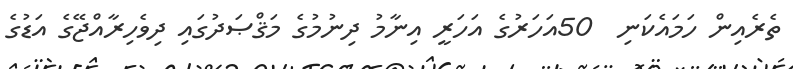
ތެރެއިން ހަމައެކަނި  50އަހަރުގެ އަހަރީ އިނާމު ދިނުމުގެ މަޤްޞަދުގައި ދިވެހިރާއްޖޭގެ އަޑުގެ